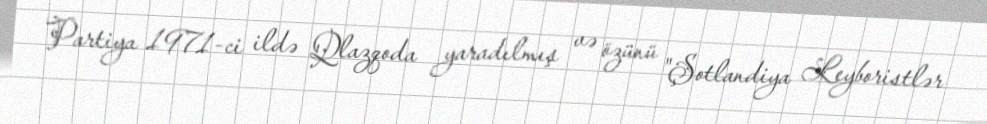
Partiya 1971-ci ildə Qlazqoda yaradılmış və özünü "Şotlandiya Leyboristlər